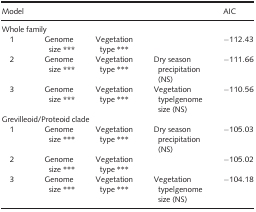
<table><thead><tr><td><b> Model</b></td><td></td><td></td><td></td><td><b>AIC</b></td></tr></thead><tbody><tr><td colspan="5">Whole family</td></tr><tr><td> 1</td><td>Genome size <b>***</b></td><td>Vegetation type ***</td><td></td><td>−112.43</td></tr><tr><td> 2</td><td>Genome size <b>***</b></td><td>Vegetation type ***</td><td>Dry season precipitation (NS)</td><td>−111.66</td></tr><tr><td> 3</td><td>Genome size <b>***</b></td><td>Vegetation type ***</td><td>Vegetation type|genome size (NS)</td><td>−110.56</td></tr><tr><td colspan="5">Grevilleoid/Proteoid clade</td></tr><tr><td> 1</td><td>Genome size ***</td><td>Vegetation type ***</td><td>Dry season precipitation (NS)</td><td>−105.03</td></tr><tr><td> 2</td><td>Genome size ***</td><td>Vegetation type ***</td><td></td><td>−105.02</td></tr><tr><td> 3</td><td>Genome size ***</td><td>Vegetation type ***</td><td>Vegetation type|genome size (NS)</td><td>−104.18</td></tr></tbody></table>